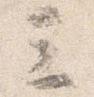
三